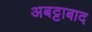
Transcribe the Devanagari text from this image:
अबट्टाबाद